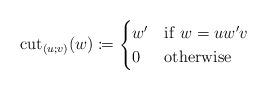
LaTeX: \begin{align*}{\rm cut}_{(u;v)}(w)\coloneqq\begin{cases}w' & {\rm if}\ w=uw'v\\0 & {\rm otherwise}\end{cases}\end{align*}